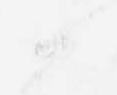
候